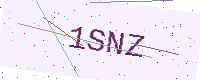
Text: 1SNZ